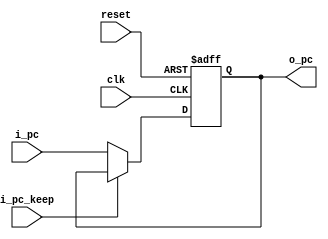
`timescale 1ns / 1ps
module PC(reset,
          clk,
          i_pc_keep,
          i_pc,
          o_pc);
    
    //Input Clock Signals
    input reset;
    input clk;
    
    //Input Control
    input i_pc_keep;
    
    //Input PC
    input [31:0] i_pc;
    //Output PC
    output reg [31:0] o_pc;
    
    reg [31:0] num;
    
    initial begin
        o_pc <= 0;
    end
    
    always@(posedge reset or posedge clk) begin
        if (reset) begin
            o_pc <= 0;
        end
        else if (i_pc_keep) begin
            o_pc <= o_pc;
        end
        else begin
            o_pc <= i_pc;
        end
    end
    
endmodule